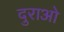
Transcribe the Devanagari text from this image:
दुराओ